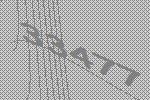
33477